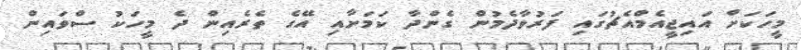
މީހަކަށް އައިޖީއެމްއެޗުގައި ފަރުވާދެމުން ގެންދާ ކަމަށާއި އޭގެ ތެރެއިން ދެ މީހަކު ސްވައިން